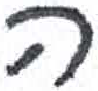
אות: ה